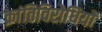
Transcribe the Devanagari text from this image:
क्रांतिविरोधियों